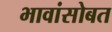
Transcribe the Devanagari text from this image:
भावांसोबत